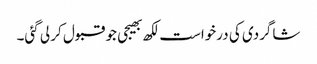
شاگردی کی درخواست لکھ بھیجی جو قبول کر لی گئی۔